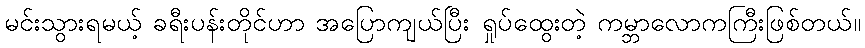
မင်းသွားရမယ့် ခရီးပန်းတိုင်ဟာ အပြောကျယ်ပြီး ရှုပ်ထွေးတဲ့ ကမ္ဘာလောကကြီးဖြစ်တယ်။